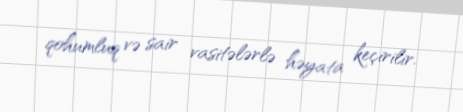
qohumluq və sair vasitələrlə həyata keçirilir.